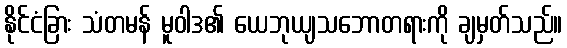
နိုင်ငံခြား သံတမန် မူဝါဒ၏ ယေဘုယျသဘောတရားကို ချမှတ်သည်။